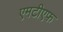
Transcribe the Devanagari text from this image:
एमटीएफ